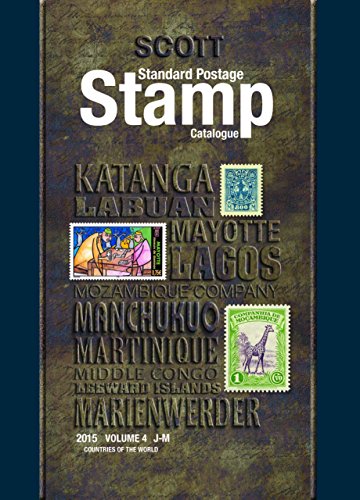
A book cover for Scott 2015 Standard Postage Stamp Catalogue, Volume 4: Countries of the World J-M (Scott Standard Postage Stamp Catalogue Vol 4 Countries J-M); Charles Snee; Crafts, Hobbies & Home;